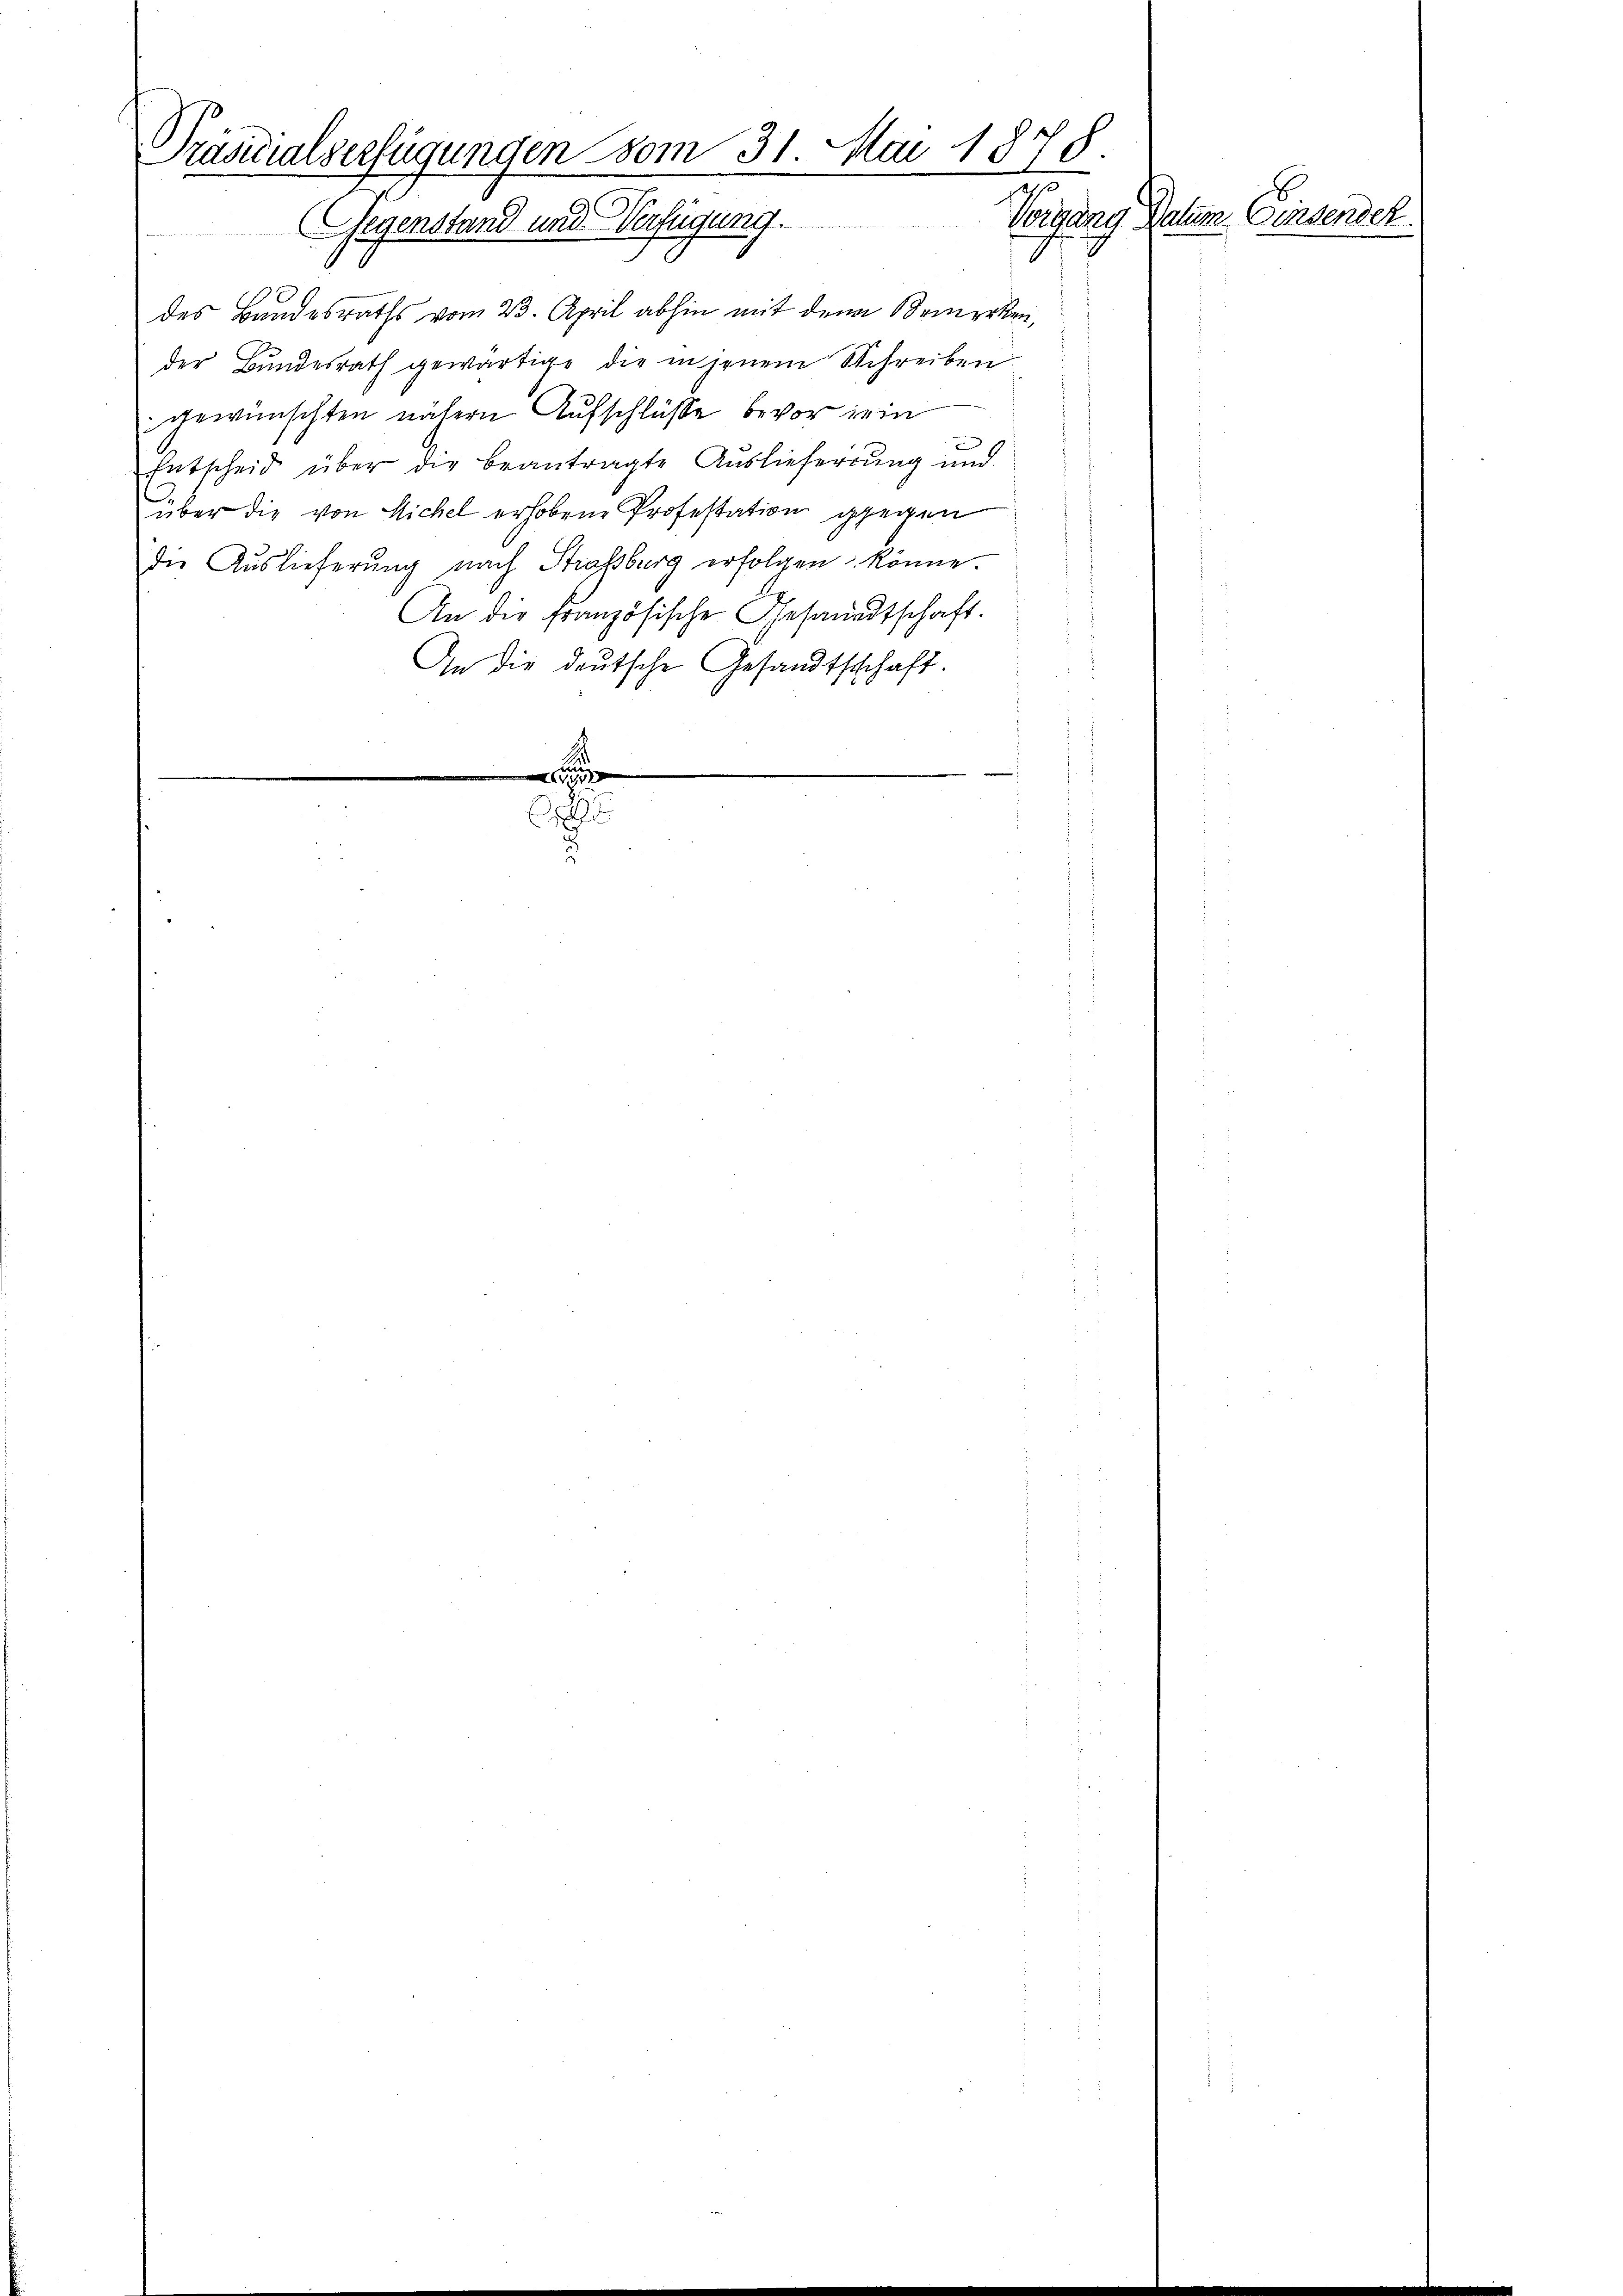
Präsidialverfügungen vom 31. Mai 1878
e
Gegenstand und Verfügung.

des Bandesraths vom 23. April abhin mit den Bemerken,
der Bundesrath gewärtige die in jenem Schreiben
gewünschten nähern Aufschlüsse bevor ein
Entscheid über die beantragte Auslieferung und
über die von Michel erhobene Professation gegen
die Auslieferŭng nach Strassburg erfolgen könne.
An die französische Gesandtschaft.
An die deutsche Gesandtschhaft.

.

.

Vorgang Daten. Ginsensch.